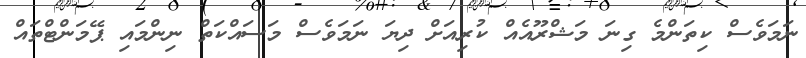
ނަމަވެސް ކިތަންމެ ގިނަ މަޝްރޫއެއް ކުރިއަށް ދިޔަ ނަމަވެސް މަސައްކަތް ނިންމައި ޕޭމަންޓްތައް